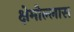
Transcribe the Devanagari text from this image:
क्षेमोल्लास